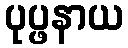
ပုပ္ဖနာယ